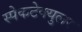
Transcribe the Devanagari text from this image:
स्पेकटेक्युलर